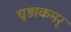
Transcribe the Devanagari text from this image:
चूड़ाकमर्